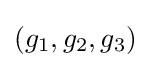
(g_{1},g_{2},g_{3})